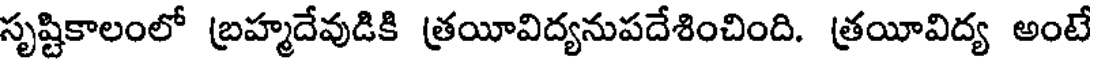
సృష్టికాలంలో బ్రహ్మదేవుడికి త్రయీవిద్యనుపదేశించింది. త్రయీవిద్య అంటే